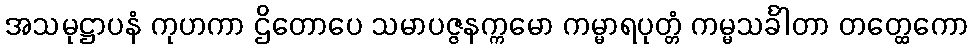
အသမုဋ္ဌာပနံ ကုဟကာ ဌိတောပေ သမာပဇ္ဇနက္ကမော ကမ္မာရပုတ္တံ ကမ္မသင်္ခါတာ တတ္ထေကော